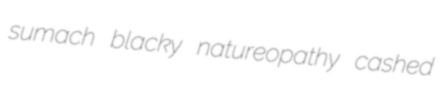
sumach blacky natureopathy cashed